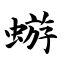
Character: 蝣